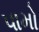
પામો